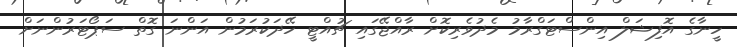
ހީނާގެ އޮފިޝަލް އިންސްޓަގްރާމު މެދުވެރިކޮށް ރާއްޖޭގައި ޗުއްޓީ ހޭދަކުރަމުން އަންނަ ގޮތް ސަޕޯޓަރުންނަށް